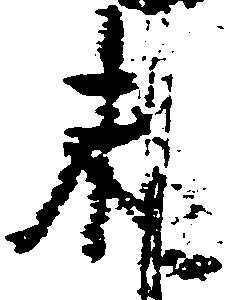
末